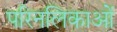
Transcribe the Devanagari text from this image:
परिनलिकाओं